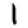
Digit: 1